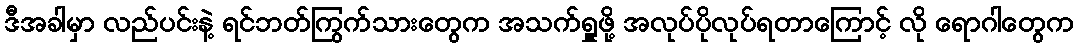
ဒီအခါမှာ လည်ပင်းနဲ့ ရင်ဘတ်ကြွက်သားတွေက အသက်ရှူဖို့ အလုပ်ပိုလုပ်ရတာကြောင့် လို ရောဂါတွေက